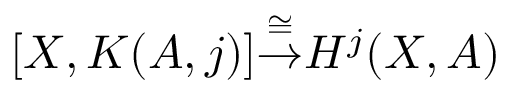
[ X , K ( A , j ) ] { \stackrel { \cong } { \to } } H ^ { j } ( X , A )